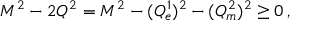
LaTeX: M ^ { 2 } - 2 Q ^ { 2 } = M ^ { 2 } - ( { \cal Q } _ { e } ^ { 1 } ) ^ { 2 } - ( { \cal Q } _ { m } ^ { 2 } ) ^ { 2 } \geq 0 \, ,